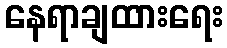
နေရာချထားရေး